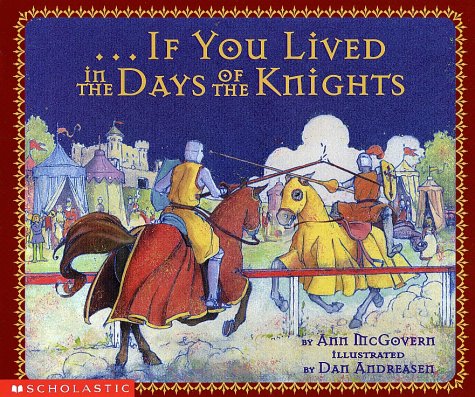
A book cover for If You Lived In The Days Of The Knights; Ann Mcgovern; Children's Books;